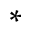
^ { * }